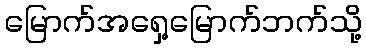
မြောက်အရှေ့မြောက်ဘက်သို့